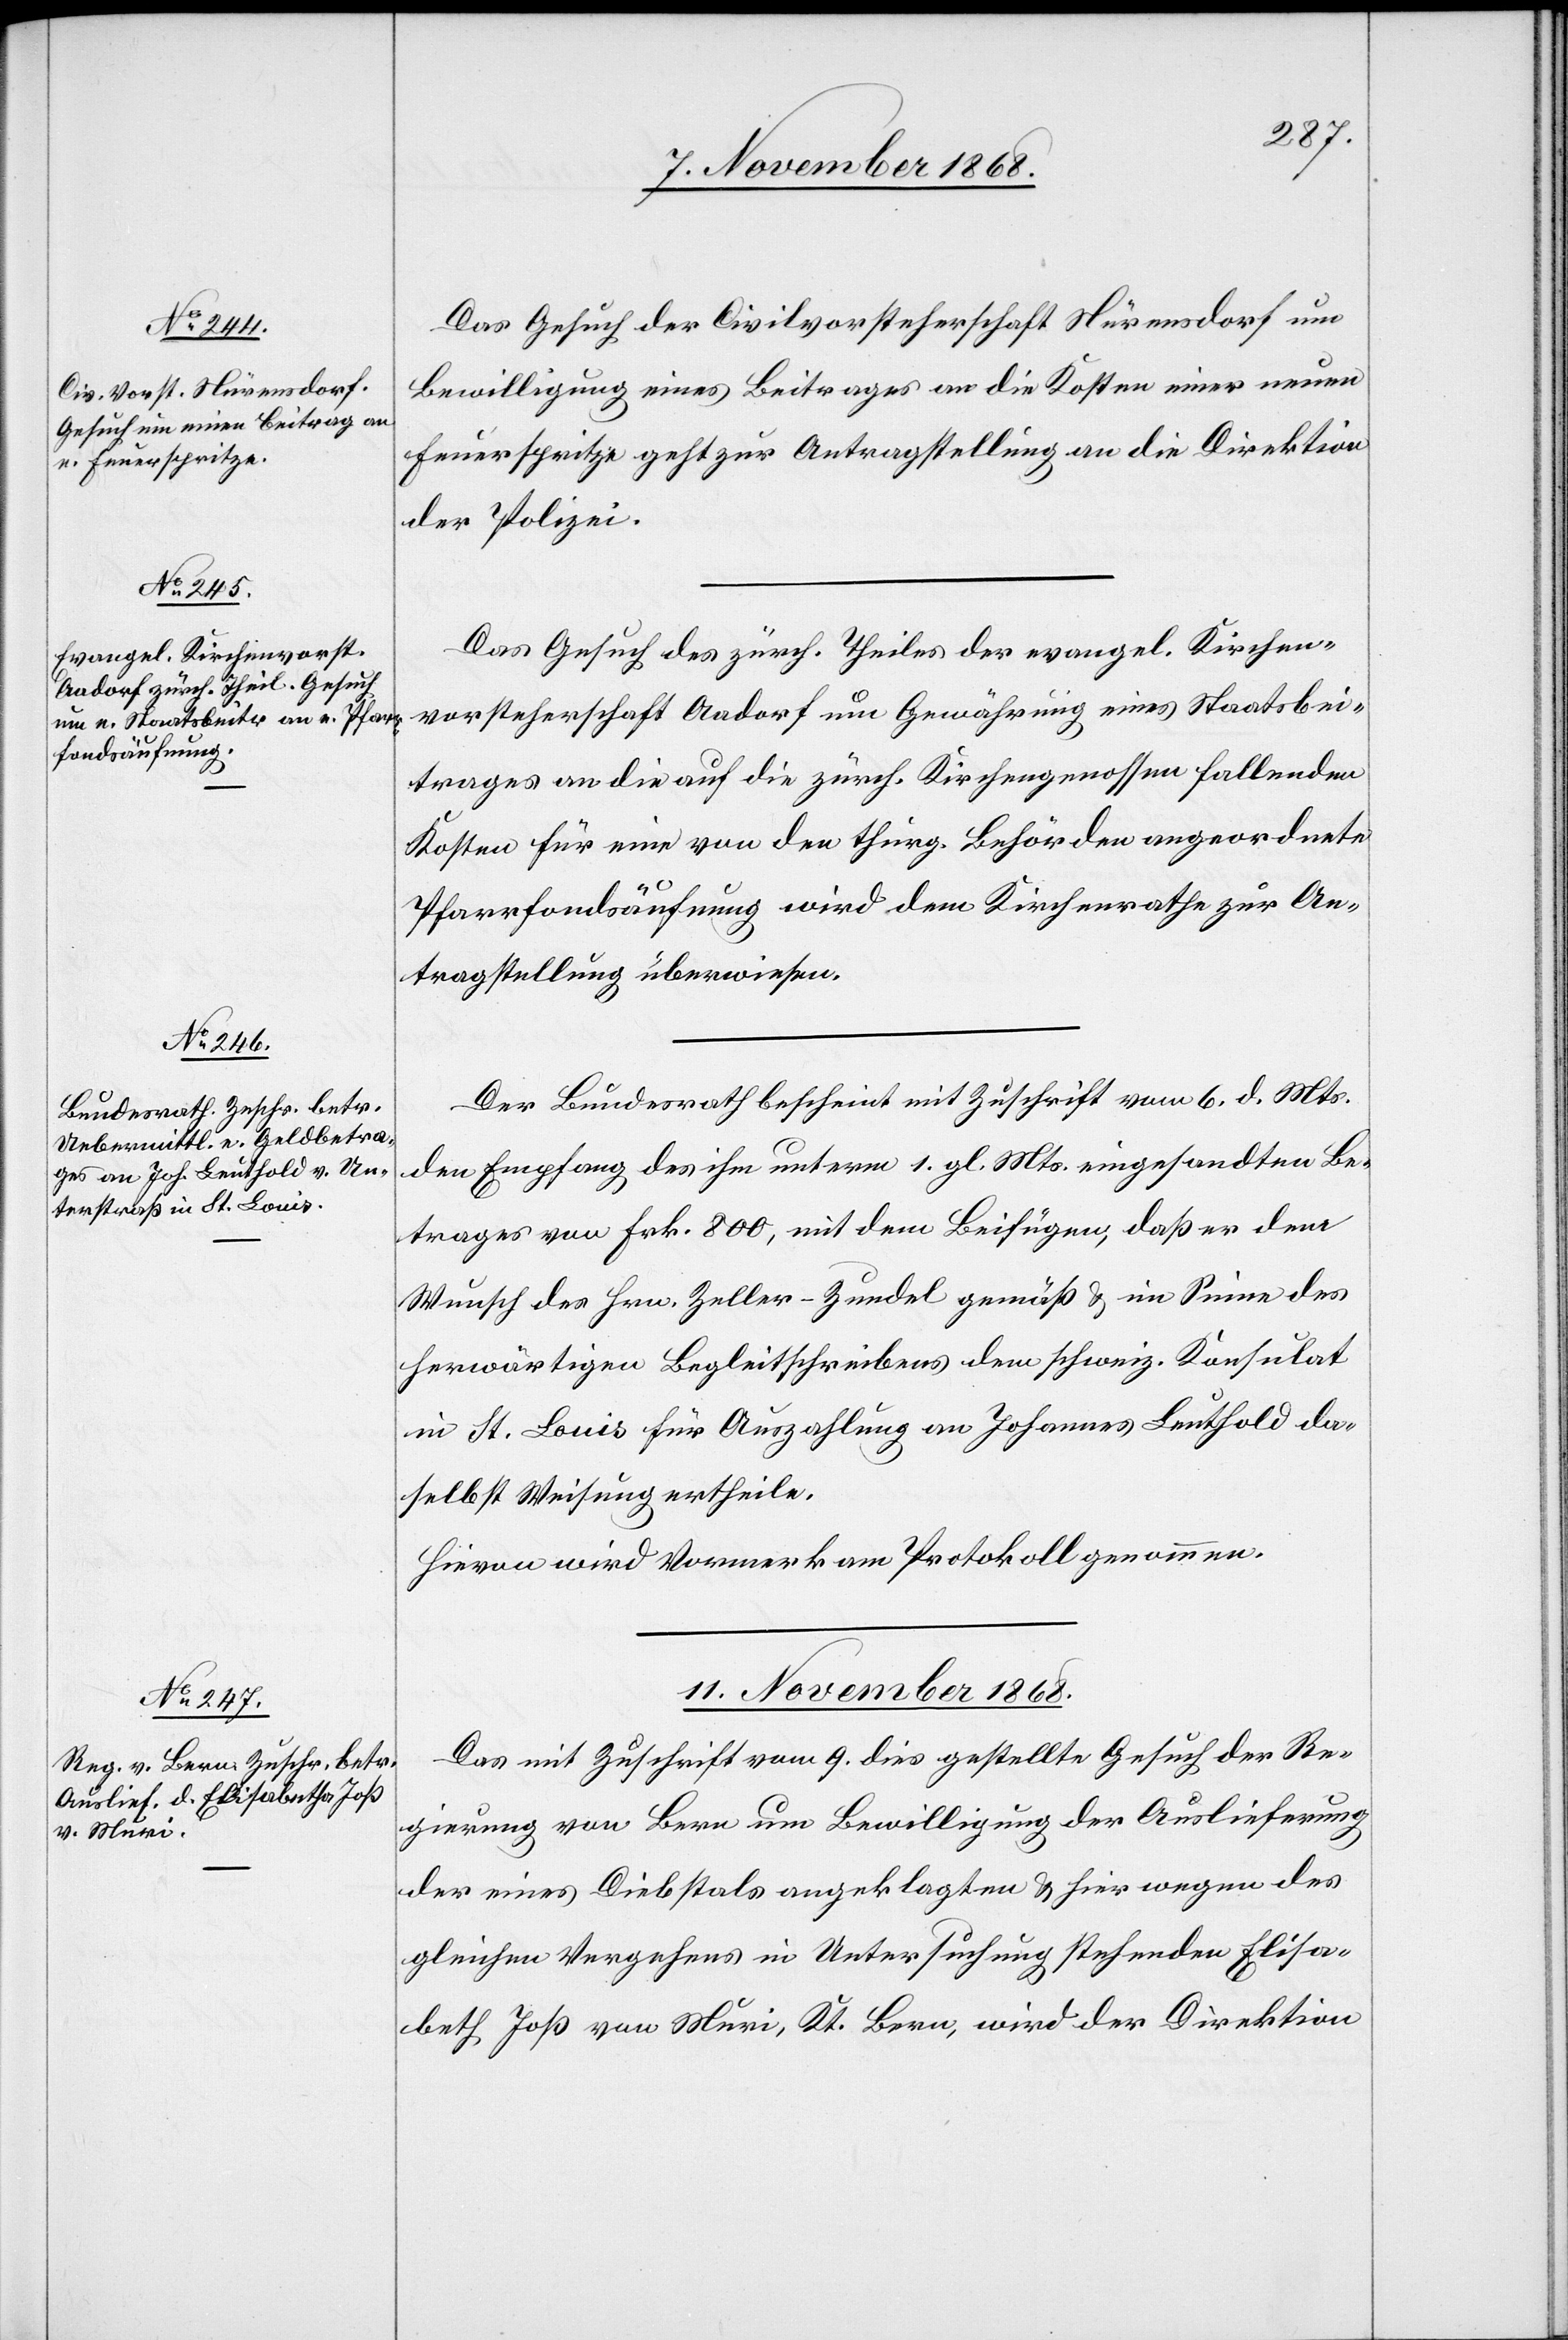
Das Gesuch der Civilvorsteherschaft Nürensdorf um
Bewilligung eines Beitrages an die Kosten einer neuen
Feuerspritze geht zur Antragstellung an die Direktion
der Polizei.
Das Gesuch des zürch. Theiles der evangel. Kirchen¬
vorsteherschaft Aadorf um Gewährung eines Staatsbei¬
trages an die auf die zürch. Kirchengenossen fallenden
Kosten für eine von den thurg. Behörden angeordnete
Pfarrfondsäufnung wird dem Kirchenrathe zur An¬
tragstellung überwiesen.
Der Bundesrath bescheint mit Zuschrift vom 6. d. Mts.
den Empfang des ihm unterm 1. gl. Mts. eingesandten Be¬
trages von Frk. 800, mit dem Beifügen, daß er dem
Wunsch des Hrn. Zeller-Zundel gemäß & im Sinne des
herwärtigen Begleitschreibens dem schweiz. Konsulat
in St. Louis für Auszahlung an Johannes Leuthold da¬
selbst Weisung ertheile.
Hievon wird Vormerk am Protokoll genommen.
11. November 1868.
Das mit Zuschrift vom 9. dies gestellte Gesuch der Re¬
gierung von Bern um Bewilligung der Auslieferung
der eines Diebstals angeklagten & hier wegen des
gleichen Vergehens in Untersuchung stehenden Elisa¬
beth [sic!] Joß von Muri, Kt. Bern, wird der Direktion